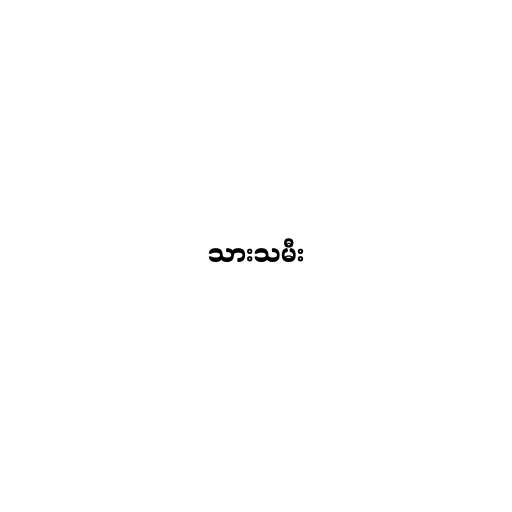
သားသမီး